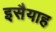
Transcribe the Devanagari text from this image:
इसैयाह